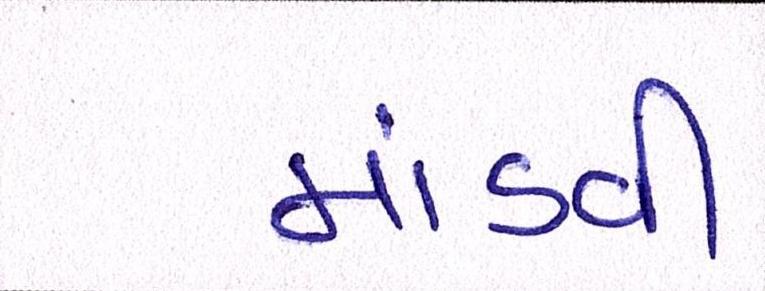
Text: માંડવી